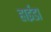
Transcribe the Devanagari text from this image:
हाईडा